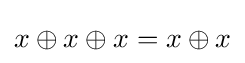
x\oplus x\oplus x=x\oplus x